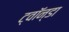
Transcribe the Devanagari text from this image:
ट्वॉन्डा